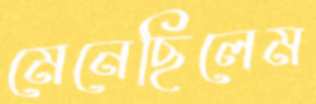
মেনেছিলেম